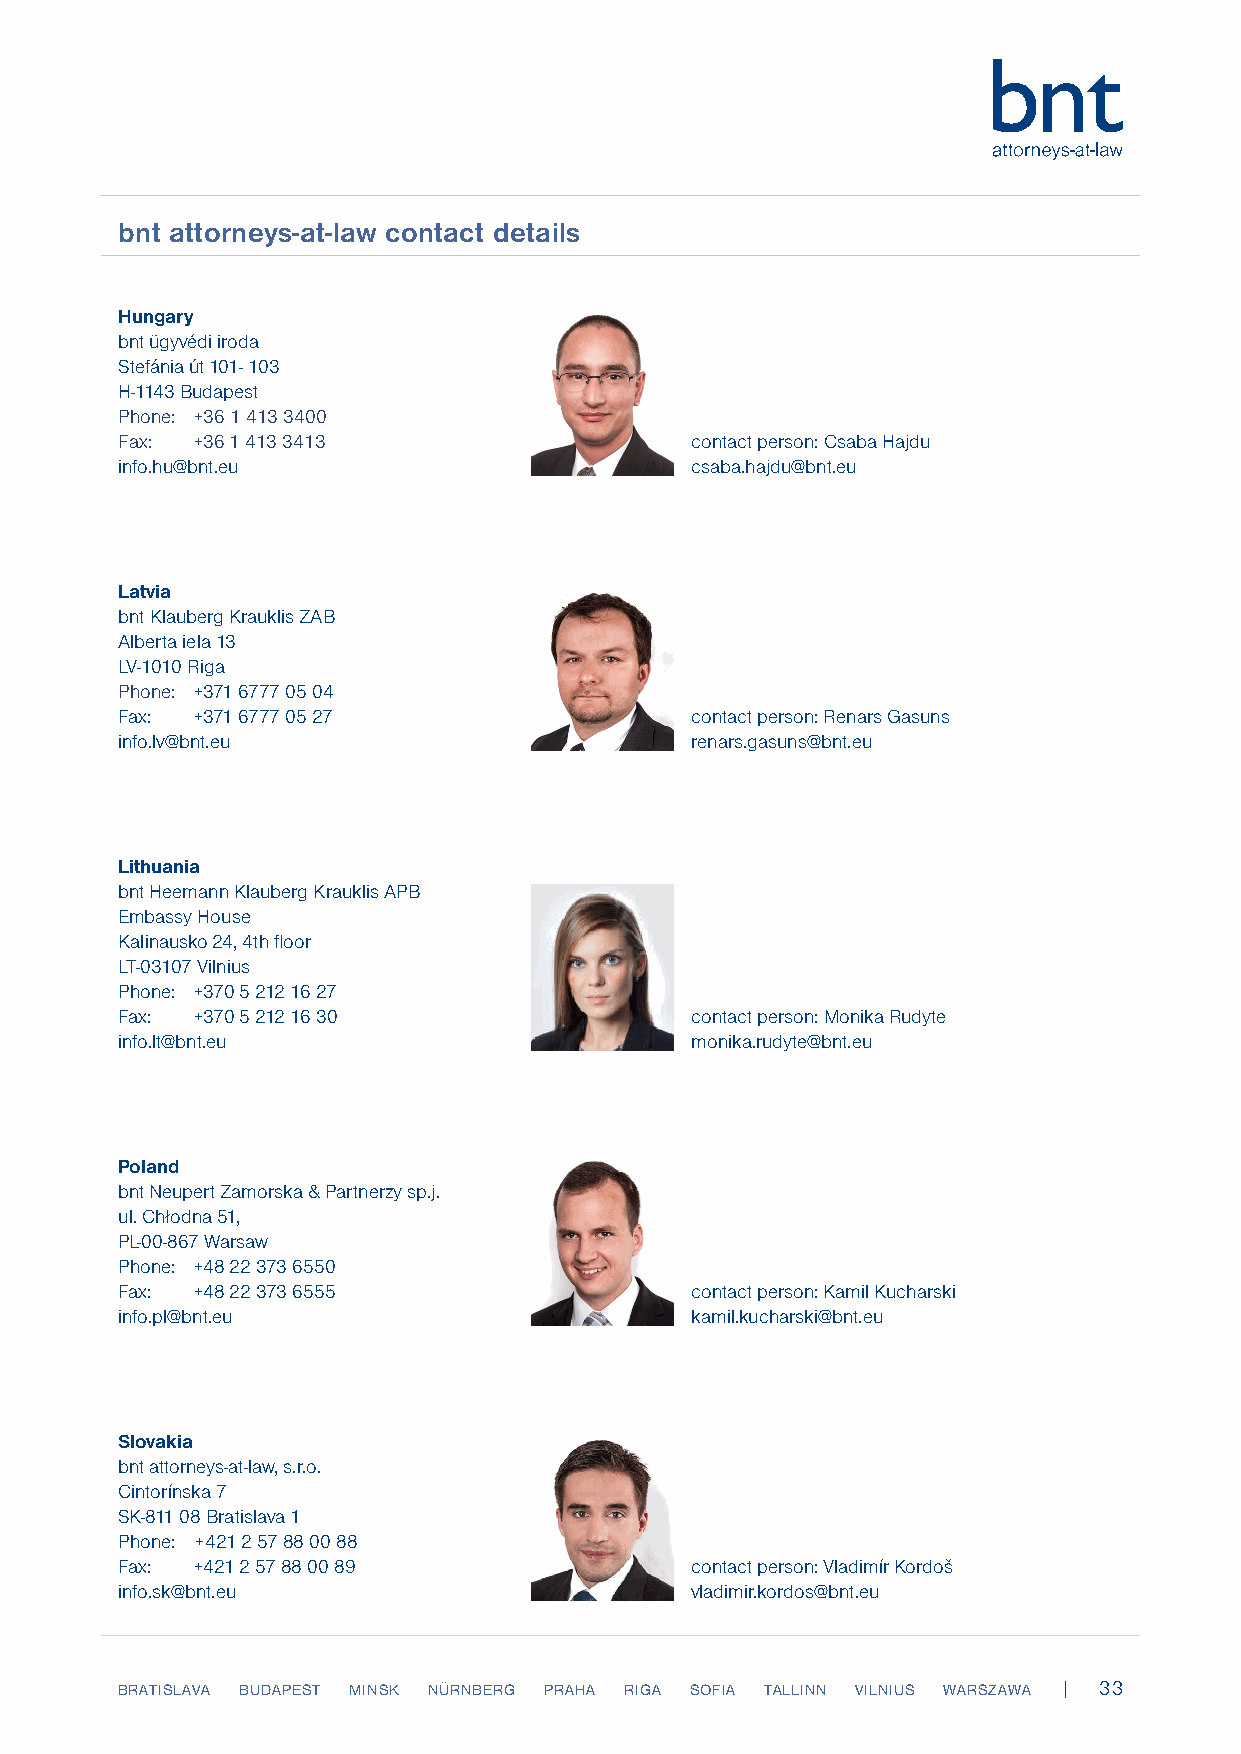
EbnFtP aIAtt odrisncelyoss-uarte-la cwo dceontact details
 Hungary
 bnt ügyvédi iroda
 Stefánia út 101- 103
 H-1143 Budapest
 Phone: +36 1 413 3400
 Fax: +36 1 413 3413                   contact person: Csaba Hajdu
 info.hu@bnt.eu                        csaba.hajdu@bnt.eu
 Latvia
 bnt Klauberg Krauklis ZAB
 Alberta iela 13
 LV-1010 Riga
 Phone: +371 6777 05 04
 Fax: +371 6777 05 27                  contact person: Renars Gasuns
 info.lv@bnt.eu                        renars.gasuns@bnt.eu
 Lithuania
 bnt Heemann Klauberg Krauklis APB
 Embassy House
 Kalinausko 24, 4th floor
 LT-03107 Vilnius
 Phone: +370 5 212 16 27
 Fax: +370 5 212 16 30                 contact person: Monika Rudyte
 info.lt@bnt.eu                        monika.rudyte@bnt.eu
 Poland
 bnt Neupert Zamorska & Partnerzy sp.j.
 ul. Chłodna 51,
 PL-00-867 Warsaw
 Phone: +48 22 373 6550
 Fax: +48 22 373 6555                  contact person: Kamil Kucharski
 info.pl@bnt.eu                        kamil.kucharski@bnt.eu
 Slovakia
 bnt attorneys-at-law, s.r.o.
 Cintorínska 7
 SK-811 08 Bratislava 1
 Phone: +421 2 57 88 00 88
 Fax: +421 2 57 88 00 89               contact person: Vladimír Kordoš
 info.sk@bnt.eu                        vladimir.kordos@bnt.eu
 BRATISLAVA BUDAPEST MINSK NÜRNBERG PRAHA RIGA SOFIA TALLINN VILNIUS WARSZAWA | 33